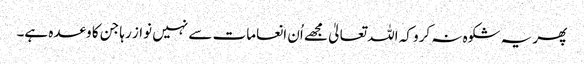
پھر یہ شکوہ نہ کرو کہ اللہ تعالیٰ مجھے اُن انعامات سے نہیں نواز رہا جن کا وعدہ ہے۔